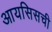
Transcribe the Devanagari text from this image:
आयसिसची